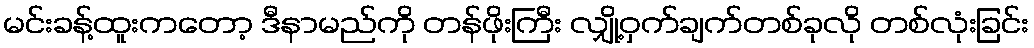
မင်းခန့်ထူးကတော့ ဒီနာမည်ကို တန်ဖိုးကြီး လျှို့ဝှက်ချက်တစ်ခုလို တစ်လုံးခြင်း